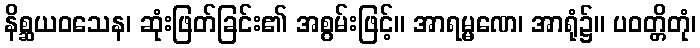
နိစ္ဆယဝသေန၊ ဆုံးဖြတ်ခြင်း၏ အစွမ်းဖြင့်။ အာရမ္မဏေ၊ အာရုံ၌။ ပဝတ္တိတုံ၊